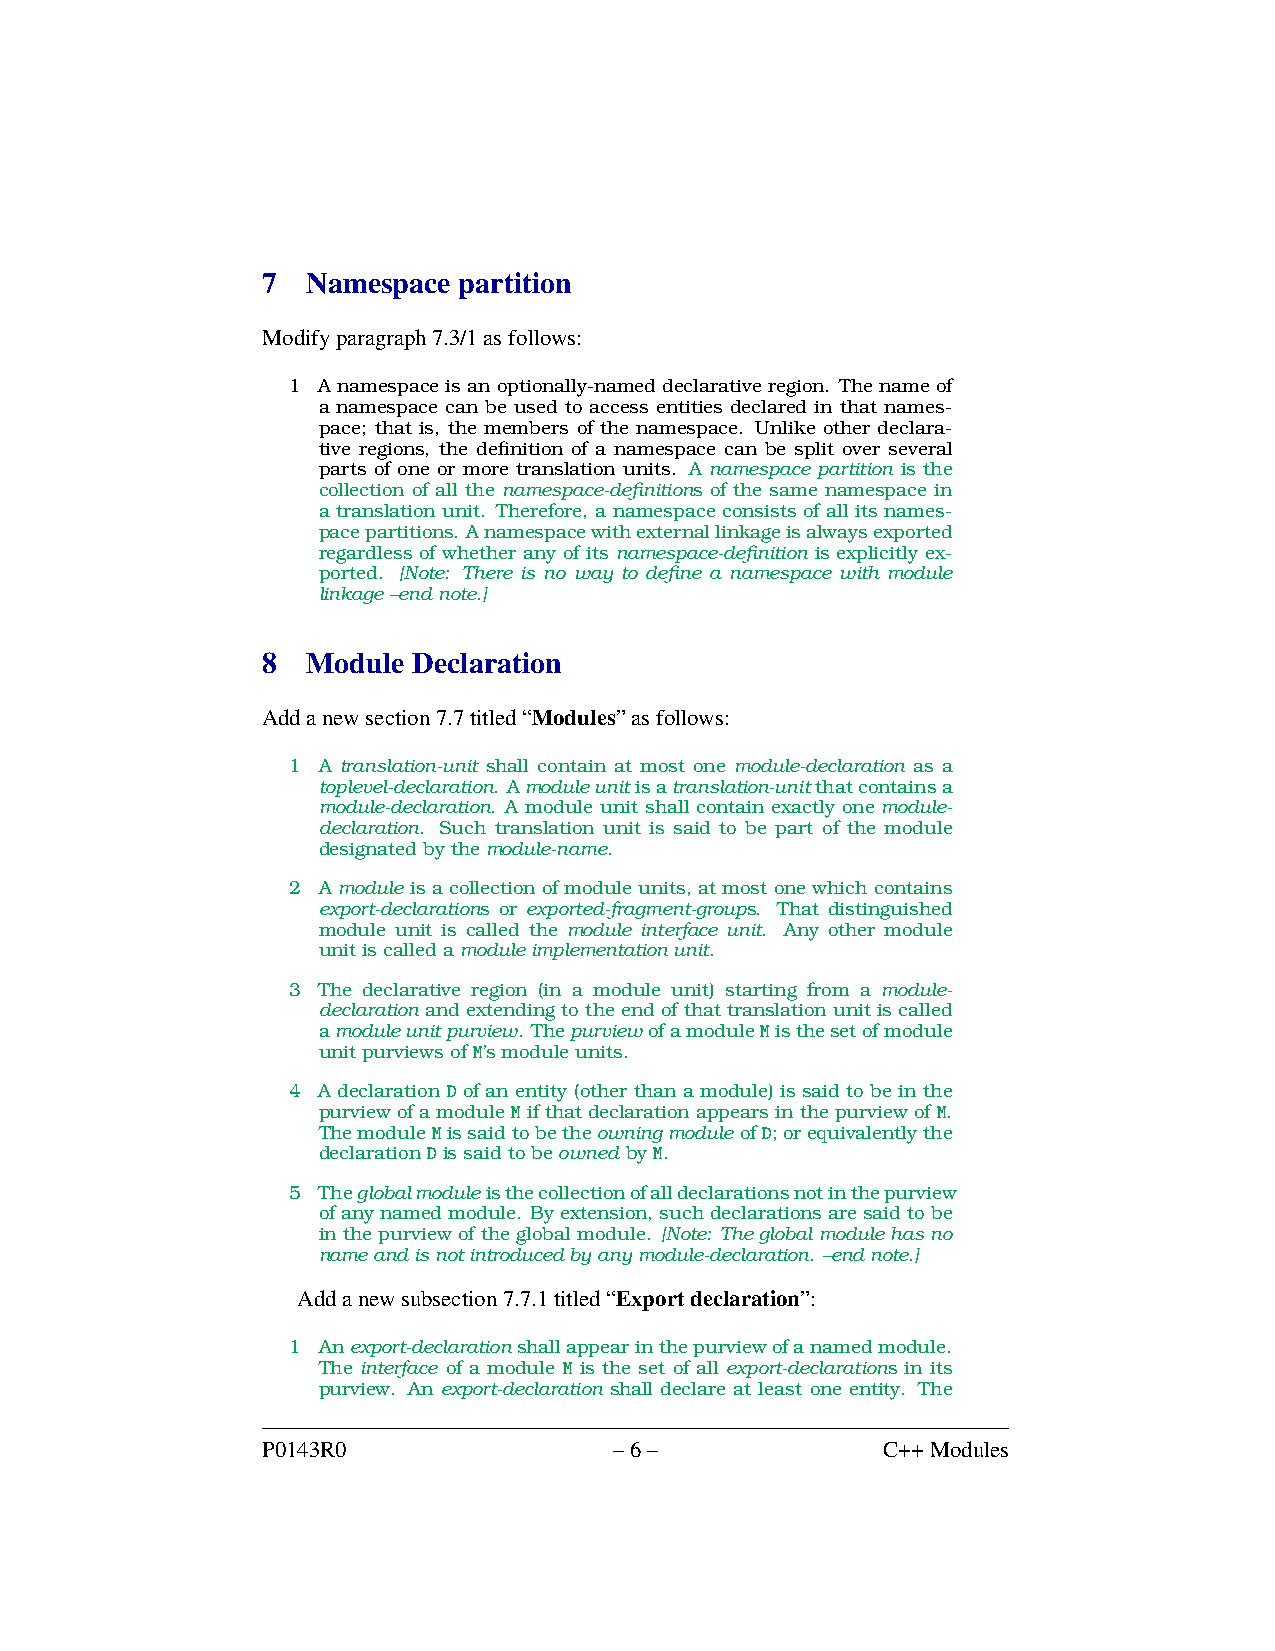
7  Namespace partition
 Modifyparagraph7.3/1asfollows:
 1 A namespace is an optionally-named declarative region. The name of
 a namespace can be used to access entities declared in that names-
 pace; that is, the members of the namespace. Unlike other declara-
 tive regions, the definition of a namespace can be split over several
 parts of one or more translation units. A namespace partition is the
 collection of all the namespace-definitions of the same namespace in
 a translation unit. Therefore, a namespace consists of all its names-
 pacepartitions. Anamespacewithexternallinkageisalwaysexported
 regardless of whether any of its namespace-definition is explicitly ex-
 ported. [Note: There is no way to define a namespace with module
 linkage–endnote.]
 8  Module Declaration
 Addanewsection7.7titled“Modules”asfollows:
 1 A translation-unit shall contain at most one module-declaration as a
 toplevel-declaration. Amoduleunitisatranslation-unitthatcontainsa
 module-declaration. A module unit shall contain exactly one module-
 declaration. Such translation unit is said to be part of the module
 designatedbythemodule-name.
 2 A module is a collection of module units, at most one which contains
 export-declarations or exported-fragment-groups. That distinguished
 module unit is called the module interface unit. Any other module
 unitiscalledamoduleimplementationunit.
 3 The declarative region (in a module unit) starting from a module-
 declaration and extending to the end of that translation unit is called
 amoduleunitpurview. ThepurviewofamoduleMisthesetofmodule
 unitpurviewsofM’smoduleunits.
 4 A declaration D of an entity (other than a module) is said to be in the
 purview of a module M if that declaration appears in the purview of M.
 ThemoduleMissaidtobetheowningmodule ofD;orequivalentlythe
 declarationDissaidtobeowned byM.
 5 Theglobalmoduleisthecollectionofalldeclarationsnotinthepurview
 ofanynamedmodule. Byextension,suchdeclarationsaresaidtobe
 in the purview of the global module. [Note: The global module has no
 nameandisnotintroducedbyanymodule-declaration. –endnote.]
 Addanewsubsection7.7.1titled“Exportdeclaration”:
 1 Anexport-declarationshallappearinthepurviewofanamedmodule.
 The interface of a module M is the set of all export-declarations in its
 purview. An export-declaration shall declare at least one entity. The
 P0143R0                 –6–              C++Modules